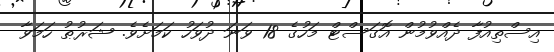
އިސްތިއުފާ ދެއްވުމުން އޮގަސްޓް މަހުގެ 18 ވަނަ ދުވަހު ކަމަށެވެ. ޝަރުޠު ހަމަވާ